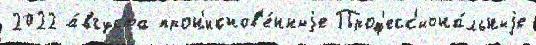
2022 а́вгуста прон'икнов'е́нныjе Проф'есс'иона́льныjе